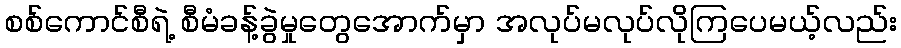
စစ်ကောင်စီရဲ့ စီမံခန့်ခွဲမှုတွေအောက်မှာ အလုပ်မလုပ်လိုကြပေမယ့်လည်း